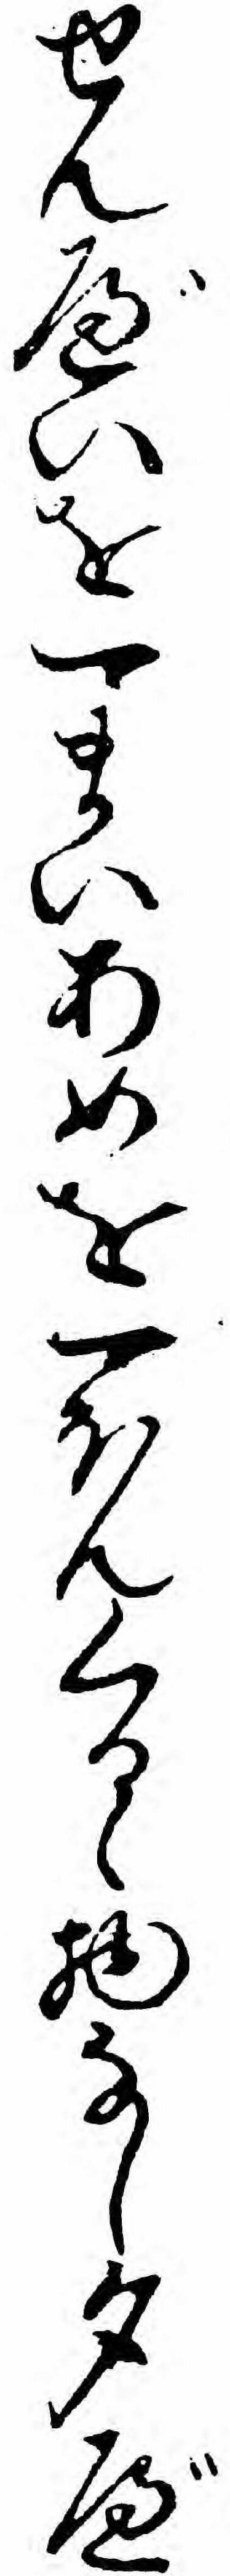
せんべいを一まいあめを一ほんくるゝ物なし夕べ